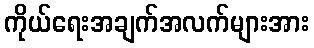
ကိုယ်ရေးအချက်အလက်များအား